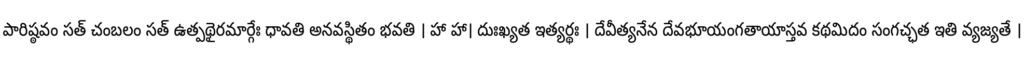
పారిష్ఠవం సత్ చంబలం సత్ ఉత్పథైరమార్గేః ధావతి అనవస్థితం భవతి । హా హా। దుఃఖ్యత ఇత్యర్థః । దేవీత్యనేన దేవభూయంగతాయాస్తవ కథమిదం సంగచ్ఛత ఇతి వ్యజ్యతే ।